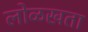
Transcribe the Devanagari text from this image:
लोळखता